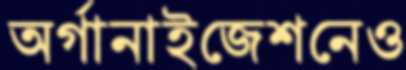
অর্গানাইজেশনেও